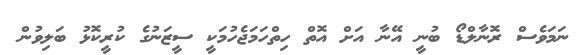
ނަމަވެސް ރޮނާލްޑޯ ބުނީ އޭނާ އަށް އޮތް ހިތްހަމަޖެހުމަކީ ސީޒަނުގެ ކުރީކޮޅު ބަލިވުން